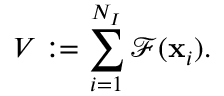
V : = \sum _ { i = 1 } ^ { N _ { I } } \mathcal { F } ( \mathbf { x } _ { i } ) .